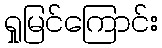
ရှုမြင်ကြောင်း